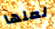
لعلها